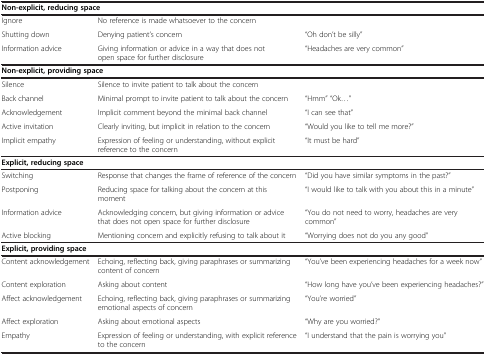
| <COLSPAN=3> Non-explicit, reducing space |
 | --- | --- | --- |
 | Ignore | No reference is made whatsoever to the concern |  |
 | Shutting down | Denying patient’s concern | “Oh don’t be silly” |
 | Information advice | Giving information or advice in a way that does not open space for further disclosure | “Headaches are very common” |
 | <COLSPAN=3> Non-explicit, providing space |
 | Silence | Silence to invite patient to talk about the concern |  |
 | Back channel | Minimal prompt to invite patient to talk about the concern | “Hmm” “Ok...” |
 | Acknowledgement | Implicit comment beyond the minimal back channel | “I can see that” |
 | Active invitation | Clearly inviting, but implicit in relation to the concern | “Would you like to tell me more?” |
 | Implicit empathy | Expression of feeling or understanding, without explicit reference to the concern | “It must be hard” |
 | <COLSPAN=3> Explicit, reducing space |
 | Switching | Response that changes the frame of reference of the concern | “Did you have similar symptoms in the past?” |
 | Postponing | Reducing space for talking about the concern at this moment | “I would like to talk with you about this in a minute” |
 | Information advice | Acknowledging concern, but giving information or advice that does not open space for further disclosure | “You do not need to worry, headaches are very common” |
 | Active blocking | Mentioning concern and explicitly refusing to talk about it | “Worrying does not do you any good” |
 | <COLSPAN=3> Explicit, providing space |
 | Content acknowledgement | Echoing, reflecting back, giving paraphrases or summarizing content of concern | “You’ve been experiencing headaches for a week now” |
 | Content exploration | Asking about content | “How long have you’ve been experiencing headaches?” |
 | Affect acknowledgement | Echoing, reflecting back, giving paraphrases or summarizing emotional aspects of concern | “You’re worried” |
 | Affect exploration | Asking about emotional aspects | “Why are you worried?” |
 | Empathy | Expression of feeling or understanding, with explicit reference to the concern | “I understand that the pain is worrying you” |